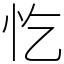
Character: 忔